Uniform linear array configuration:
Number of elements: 12
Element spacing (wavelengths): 1
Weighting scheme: hamming
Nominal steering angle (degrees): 45
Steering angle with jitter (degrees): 44.784
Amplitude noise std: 0.05
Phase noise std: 0.05

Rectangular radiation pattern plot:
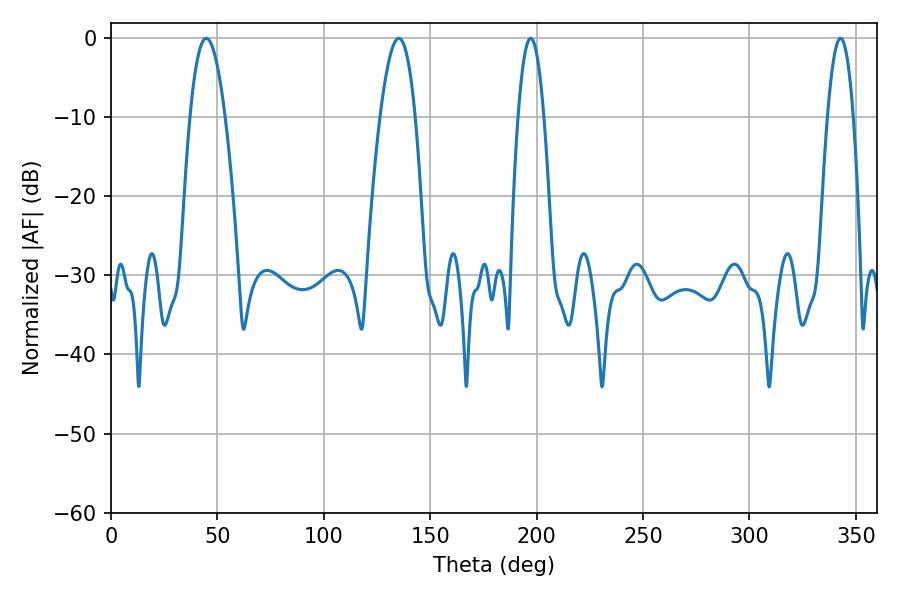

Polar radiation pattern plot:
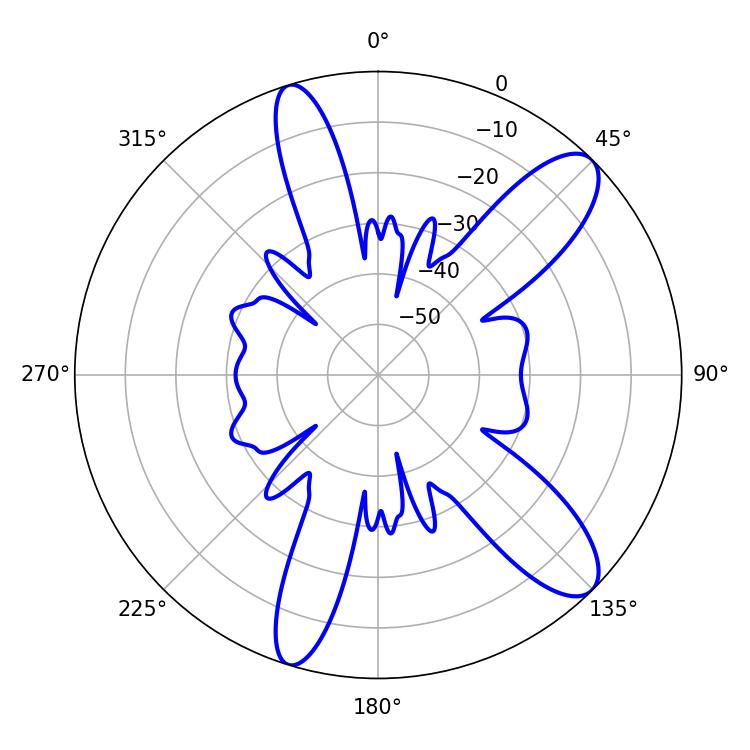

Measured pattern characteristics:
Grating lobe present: TRUE
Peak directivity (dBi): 10.808
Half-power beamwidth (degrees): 9
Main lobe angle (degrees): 44.82